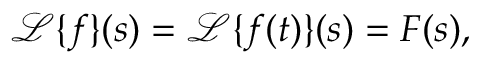
{ \mathcal { L } } \{ f \} ( s ) = { \mathcal { L } } \{ f ( t ) \} ( s ) = F ( s ) ,